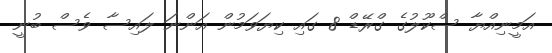
އަމީނިއްޔާ ސްކޫލުގެ ގްރޭޑް 8 ގައި ކިޔަވަމުން އަންނަ ލައިސާ ވެސް ބުނީ